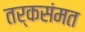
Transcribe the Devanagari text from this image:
तर्कसंमत